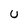
Character: U